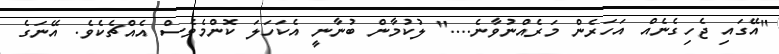
"އޭގައި ޖެހިގެނެއް އަހަރެން މަރެއްނުވާނެ...." ލުކުމާން ބުނާނީ އެކަހަލަ ކޮންމެވެސް އެއްޗެކެވެ. އޭނަގެ